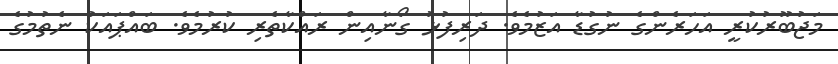
މަޖުބޫރުކުރީ އަހަރެންގެ ނުގުޑާ އަޒުމެވެ. ދަރިފުޅު ގޯނާއިން ރައްކާތެރި ކުރުމެވެ. ބައްޕައަކު ނެތުމުގެ